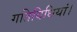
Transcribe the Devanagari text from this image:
गतिविधियां।